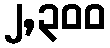
၂,၃၀၀